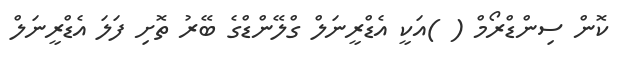
ކޮން ސިންޑްރޯމް ( )އަކީ އެޑްރީނަލް ގްލޭންޑްގެ ބޭރު ތޮށި ފަލަ އެޑްރީނަލް